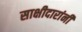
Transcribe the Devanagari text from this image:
साक्षीदारांनी